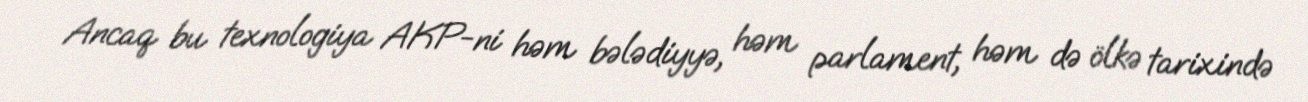
Ancaq bu texnologiya AKP-ni həm bələdiyyə, həm parlament, həm də ölkə tarixində